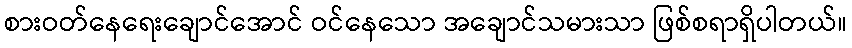
စားဝတ်နေရေးချောင်အောင် ဝင်နေသော အချောင်သမားသာ ဖြစ်စရာရှိပါတယ်။